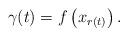
LaTeX: \begin{align*}\gamma(t)=f\left(x_{r(t)}\right).\end{align*}